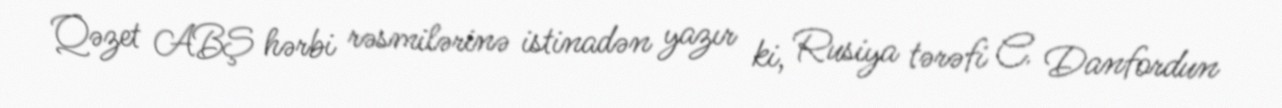
Qəzet ABŞ hərbi rəsmilərinə istinadən yazır ki, Rusiya tərəfi C. Danfordun